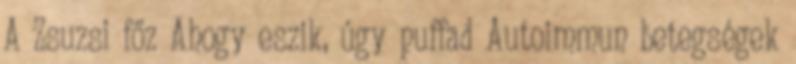
A Zsuzsi főz Ahogy eszik, úgy puffad Autoimmun betegségek